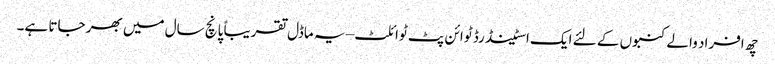
چھ افراد والے کنبوں کے لئے ایک اسٹینڈرڈ ٹوائن پٹ ٹوائلٹ – یہ ماڈل تقریباً پانچ سال میں بھر جاتا ہے۔